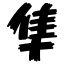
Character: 隼